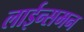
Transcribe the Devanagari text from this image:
लाईन्समन